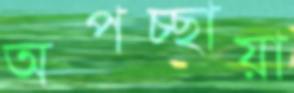
অপচ্ছায়া